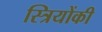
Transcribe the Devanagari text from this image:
स्त्रियोंकी